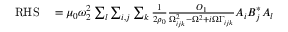
\begin{array} { r l } { \mathrm { R H S } } & { { } = \mu _ { 0 } \omega _ { 2 } ^ { 2 } \sum _ { l } \sum _ { i , j } \sum _ { k } \frac { 1 } { 2 \rho _ { 0 } } \frac { O _ { 1 } } { \Omega _ { i j k } ^ { 2 } - \Omega ^ { 2 } + i \Omega \Gamma _ { i j k } } A _ { i } B _ { j } ^ { * } A _ { l } } \end{array}